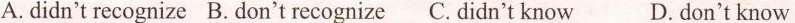
A. didn't recognize B. don't recognize C. didn't know D. don't know